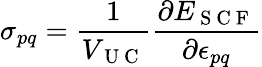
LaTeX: \sigma_{pq}=\frac{1}{V_{\mathrm{~U~C~}}}\frac{\partial E_{\mathrm{~S~C~F~}}}{\partial\epsilon_{pq}}